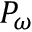
P _ { \omega }